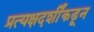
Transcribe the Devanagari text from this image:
प्रत्यक्षदर्शींकडून